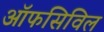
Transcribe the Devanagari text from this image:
ऑफसिविल